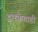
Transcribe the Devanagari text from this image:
द्वारकेचाही